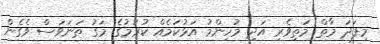
މިފަދަ މާތް މަތިވެރި އަދި މުހިންމު އަޅުކަމެއް ކުރުމުގެ މަގު ތަނަވަސް ވެގެން